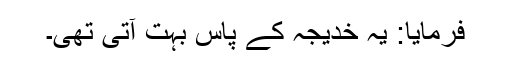
فرمایا: یہ خدیجہ کے پاس بہت آتی تھی۔